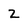
Character: 2